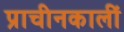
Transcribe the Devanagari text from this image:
प्राचीनकालीं